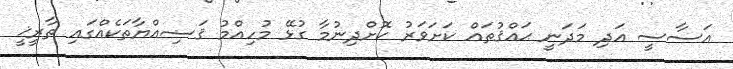
އަސާސީ އަދި މަދަނީ ޙައްޤުތައް ކަށަވަރު ކޮށްދިނުމާ ގުޅޭ މުހިއްމު ޤަޟިއްޔާތަކެއްގައި ތާރީޚީ